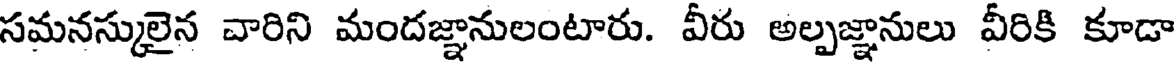
సమనస్కులైన చారిని మందజ్ఞానులంటారు. వీరు అల్పజ్ఞానులు వీరికి కూడా